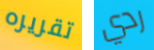
تقريره ردي